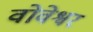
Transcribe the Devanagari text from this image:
वोवेश्वर